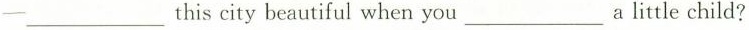
一 ___this city beautiful when you ___a little child?